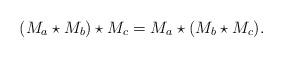
LaTeX: \begin{align*}(M_a\star M_b)\star M_c=M_a\star (M_b\star M_c).\end{align*}